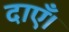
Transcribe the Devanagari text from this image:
दाएँ।